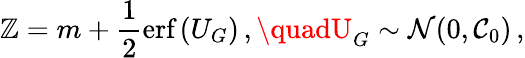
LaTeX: \mathbb{Z}=m+\frac{{1}}{{2}}\textrm{{erf}}\left(U_{G}\right)\, ,\quadU_{G}\sim\mathcal{{N}}(0,\mathcal{{C}}_{0})\, ,